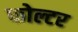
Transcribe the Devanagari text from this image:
फोल्टर